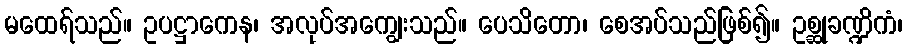
မထေရ်သည်။ ဥပဋ္ဌာကေန၊ အလုပ်အကျွေးသည်။ ပေသိတော၊ စေအပ်သည်ဖြစ်၍။ ဥစ္ဆုခဏ္ဍိကံ၊